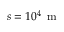
s = 1 0 ^ { 4 } \, \mathrm { ~ m ~ }